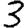
Digit: 3